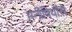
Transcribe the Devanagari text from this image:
मनीषियोंसे